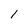
Character: 1